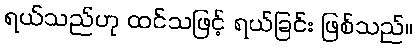
ရယ်သည်ဟု ထင်သဖြင့် ရယ်ခြင်း ဖြစ်သည်။